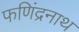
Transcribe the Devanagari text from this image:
फणिंद्रनाथ